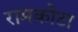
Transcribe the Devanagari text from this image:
रामकोटा